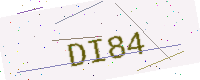
Text: DI84